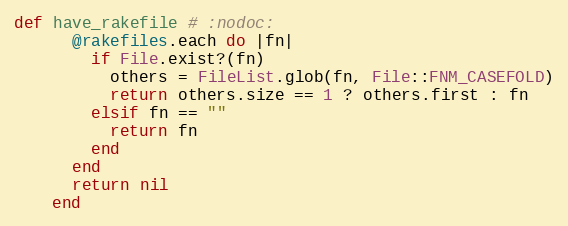
Language: Ruby
def have_rakefile # :nodoc:
      @rakefiles.each do |fn|
        if File.exist?(fn)
          others = FileList.glob(fn, File::FNM_CASEFOLD)
          return others.size == 1 ? others.first : fn
        elsif fn == ""
          return fn
        end
      end
      return nil
    end